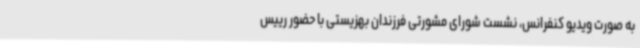
به صورت ویدیو کنفرانس، نشست شورای مشورتی فرزندان بهزیستی با حضور رییس